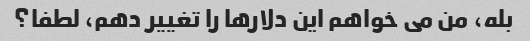
بله، من می خواهم این دلارها را تغییر دهم، لطفا؟